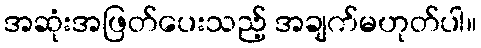
အဆုံးအဖြတ်ပေးသည့် အချက်မဟုတ်ပါ။